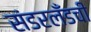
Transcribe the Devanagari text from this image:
संडरलँडची